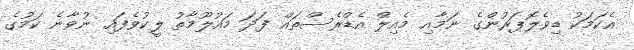
އެކަމަކު ޑިވެލޮޕަރުންގެ ނަމާއި މެއިލް އެޑްރެސްތައް ފަދަ މައުލޫމާތު ލީކުވެފައި ނުވާނެ ކަމުގެ